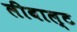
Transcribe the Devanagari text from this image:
लीबाल्ट